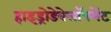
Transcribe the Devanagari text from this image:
हाइड्रोडेवेलॉपमेंट